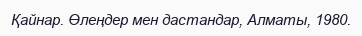
Қайнар. Өлеңдер мен дастандар, Алматы, 1980.